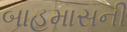
બાહમાસની